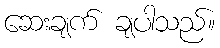
ဆေးချက် ချပါသည်။